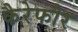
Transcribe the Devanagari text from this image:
कैरेफोर